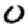
Digit: 0